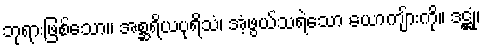
ဘုရားဖြစ်သော။ အစ္ဆရိယပုရိသံ၊ အံ့ဖွယ်သရဲသော ယောကျ်ားကို။ ဒဋ္ဌုံ၊